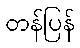
တန်ပြန်